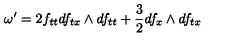
\omega ^ { \prime } = 2 f _ { t t } d f _ { t x } \wedge d f _ { t t } + \frac { 3 } { 2 } d f _ { x } \wedge d f _ { t x }